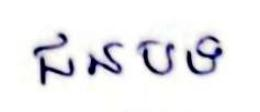
ជនបទ